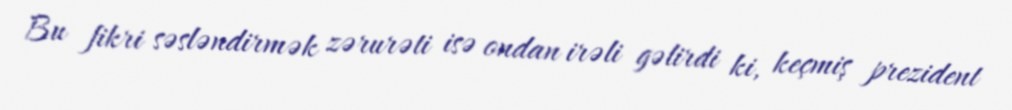
Bu fikri səsləndirmək zərurəti isə ondan irəli gəlirdi ki, keçmiş prezident